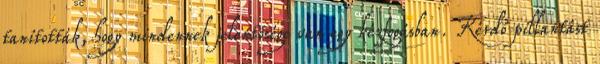
tanították, hogy mindennek jelentősége van egy kézfogásban. Kérdő pillantást